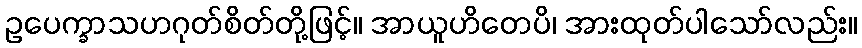
ဥပေက္ခာသဟဂုတ်စိတ်တို့ဖြင့်။ အာယူဟိတေပိ၊ အားထုတ်ပါသော်လည်း။